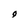
Character: g